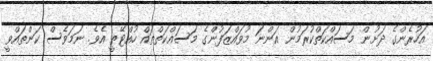
އަހުރެންގެ ދަށުން މަސައްކަތްކުރަމުން އަންނަ މުވައްޒަފުންގެ މަސައްކަތްތައް ހުއްޓޭތީ އެވެ. ނަމަވެސް ކަންތައްވީ